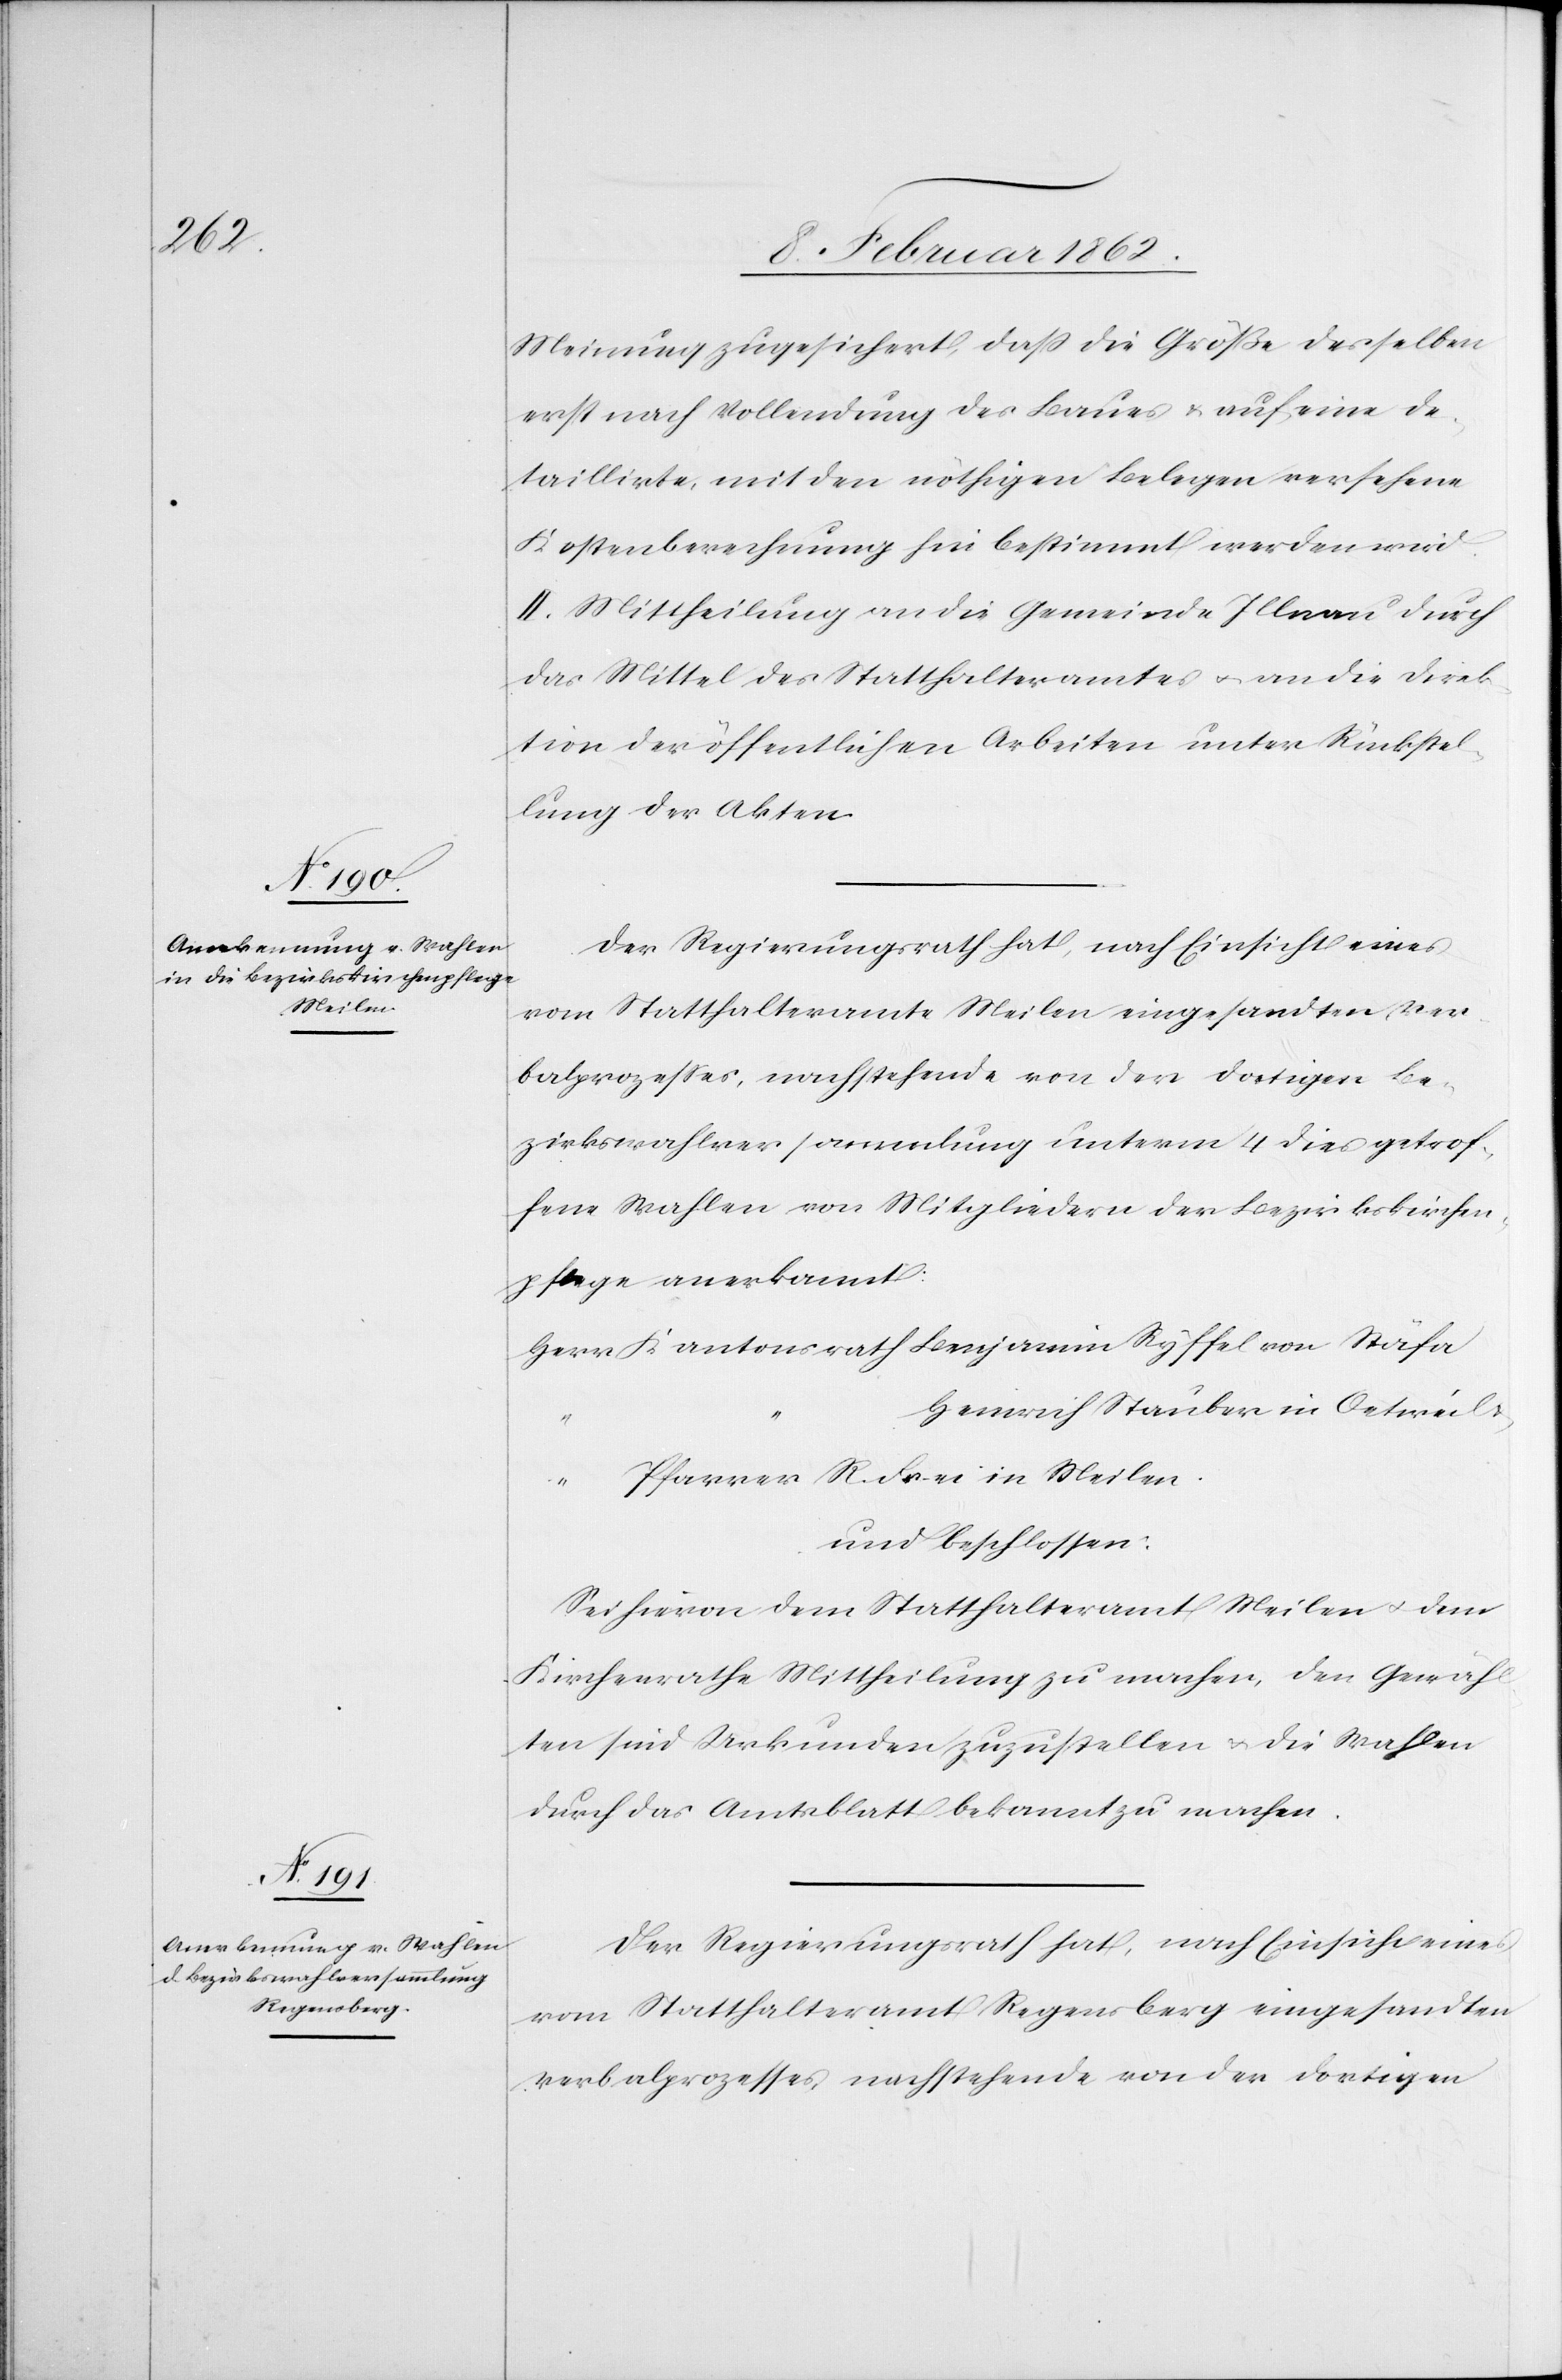
Meinung zugesichert, daß die Größe desselben
erst nach Vollendung des Baues u. auf eine de¬
taillirte, mit den nöthigen Belegen versehene
Kostenberechnung hin bestimmt werden wird.
II. Mittheilung an die Gemeinde Illnau durch
das Mittel des Statthalteramtes u. an die Direk¬
tion der öffentlichen Arbeiten unter Rückstel¬
lung der Akten[.]
Der Regierungsrath hat, nach Einsicht eines
vom Statthalteramte Meilen eingesandten Ver¬
balprozeßes, nachstehende von der dortigen Be¬
zirkswahlversammlung unterm 4 dies getrof¬
fene Wahlen von Mitgliedern der Bezirkskirchen¬
pflege anerkannt:
Herr Kantonsrath Benjamin Ryffel von Stäfa
Heinrich Stauber in Oetweil u.
“ Pfarrer R. Frei in Meilen.
und beschlossen:
Sei hievon dem Statthalteramt Meilen u. dem
Kirchenrathe Mittheilung zu machen, den Gewähl¬
ten sind Urkunden zuzustellen u. die Wahlen
durch das Amtsblatt bekannt zu machen.
Der Regierungsrath hat, nach Einsicht eines
vom Statthalteramt Regensberg eingesandten
Verbalprozesses nachstehende von der dortigen